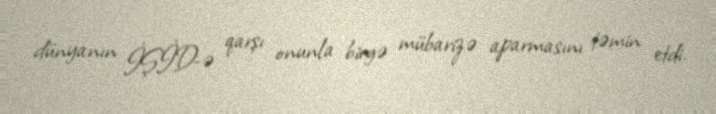
dünyanın İŞİD-ə qarşı onunla birgə mübarizə aparmasını təmin etdi.